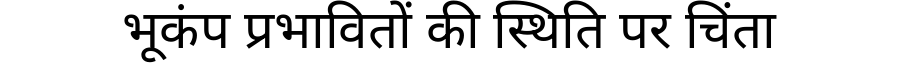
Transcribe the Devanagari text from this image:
भूकंप प्रभावितों की स्थिति पर चिंता